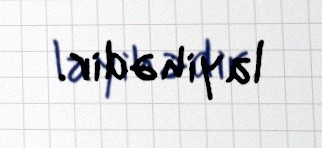
layihədir.